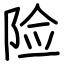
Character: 险